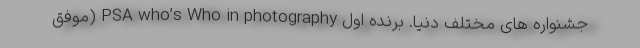
جشنواره های مختلف دنیا. برنده اول PSA who’s Who in photography (موفق